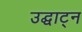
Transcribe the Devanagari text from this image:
उद्घाट्न